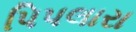
પિપલારા